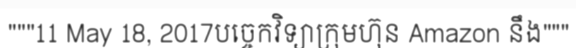
"""11 May 18, 2017បច្ចេកវិទ្យាក្រុមហ៊ុន Amazon នឹង"""